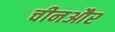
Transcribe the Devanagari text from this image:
चीनऔर